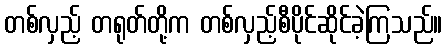
တစ်လှည့် တရုတ်တို့က တစ်လှည့်စီပိုင်ဆိုင်ခဲ့ကြသည်။